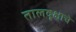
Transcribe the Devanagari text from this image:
तालवृक्षाचे